Lunatic asylums in Bengal annual reports 1912-1924 - 1912-1924
Year: 1912
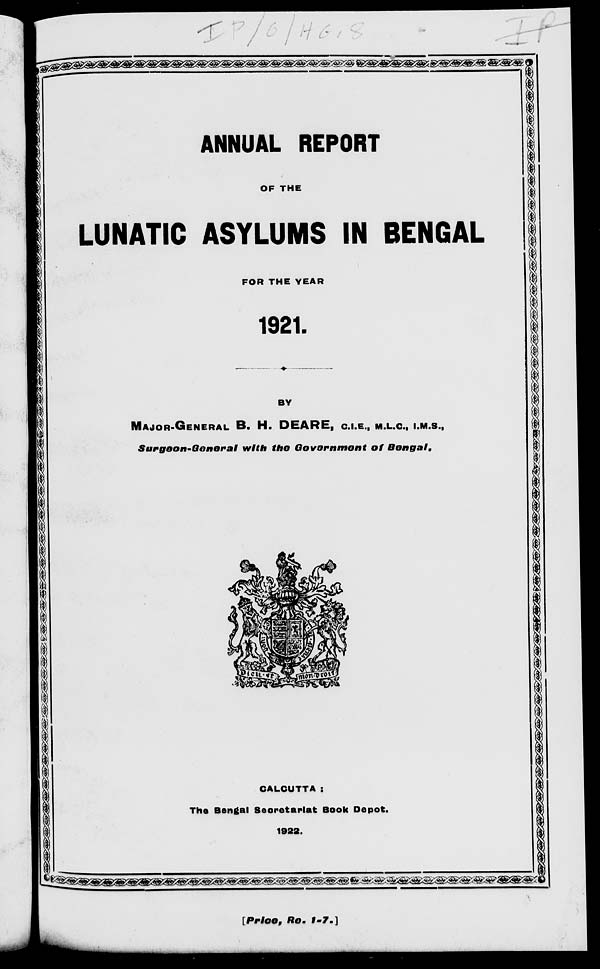
ANNUAL REPORT
OF THE
LUNATIC ASYLUMS IN BENGAL
FOR THE YEAR
1921.
BY
MAJOR-GENERAL B. H. DEARE, C.I.E., M.L.C., I.M.S.,
Surgeon-General
with the Government
of
Bengal.
CALCUTTA :
The Bengal Secretariat Book Depot.
1922.
[Price,
Re.
1-7.]